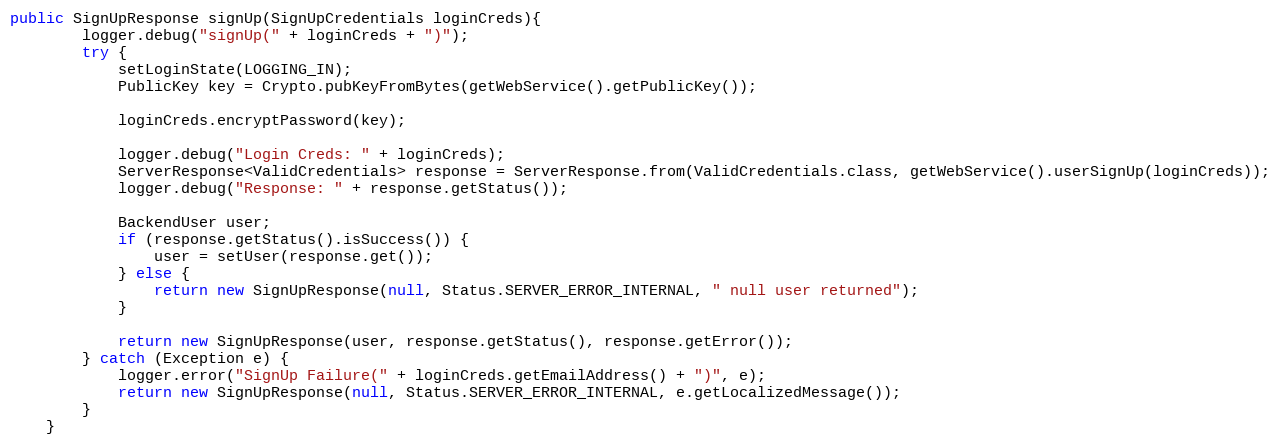
Language: Java
public SignUpResponse signUp(SignUpCredentials loginCreds){
        logger.debug("signUp(" + loginCreds + ")");
        try {
            setLoginState(LOGGING_IN);
            PublicKey key = Crypto.pubKeyFromBytes(getWebService().getPublicKey());

            loginCreds.encryptPassword(key);

            logger.debug("Login Creds: " + loginCreds);
            ServerResponse<ValidCredentials> response = ServerResponse.from(ValidCredentials.class, getWebService().userSignUp(loginCreds));
            logger.debug("Response: " + response.getStatus());

            BackendUser user;
            if (response.getStatus().isSuccess()) {
                user = setUser(response.get());
            } else {
                return new SignUpResponse(null, Status.SERVER_ERROR_INTERNAL, " null user returned");
            }

            return new SignUpResponse(user, response.getStatus(), response.getError());
        } catch (Exception e) {
            logger.error("SignUp Failure(" + loginCreds.getEmailAddress() + ")", e);
            return new SignUpResponse(null, Status.SERVER_ERROR_INTERNAL, e.getLocalizedMessage());
        }
    }